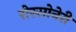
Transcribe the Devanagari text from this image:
रोस्सोनेरी